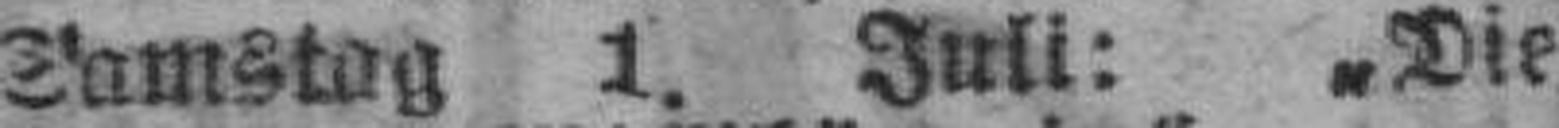
Samstag 1. Juli: „Die